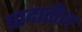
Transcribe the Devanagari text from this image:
वादातील